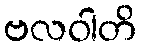
ဗလဝါတိ